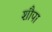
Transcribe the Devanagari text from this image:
शौपा